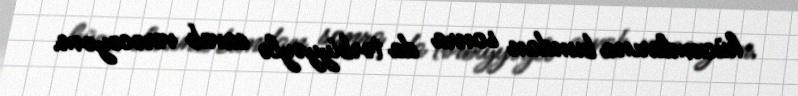
hücumlarına bundan sonra da tərbiyyəylə cavab verəcəyəm.